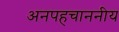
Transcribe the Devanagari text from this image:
अनपहचाननीय